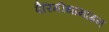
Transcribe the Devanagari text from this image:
पैरिमीथामाइन